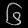
Digit: ၆